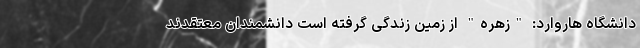
دانشگاه هاروارد: "زهره" از زمین زندگی گرفته است دانشمندان معتقدند